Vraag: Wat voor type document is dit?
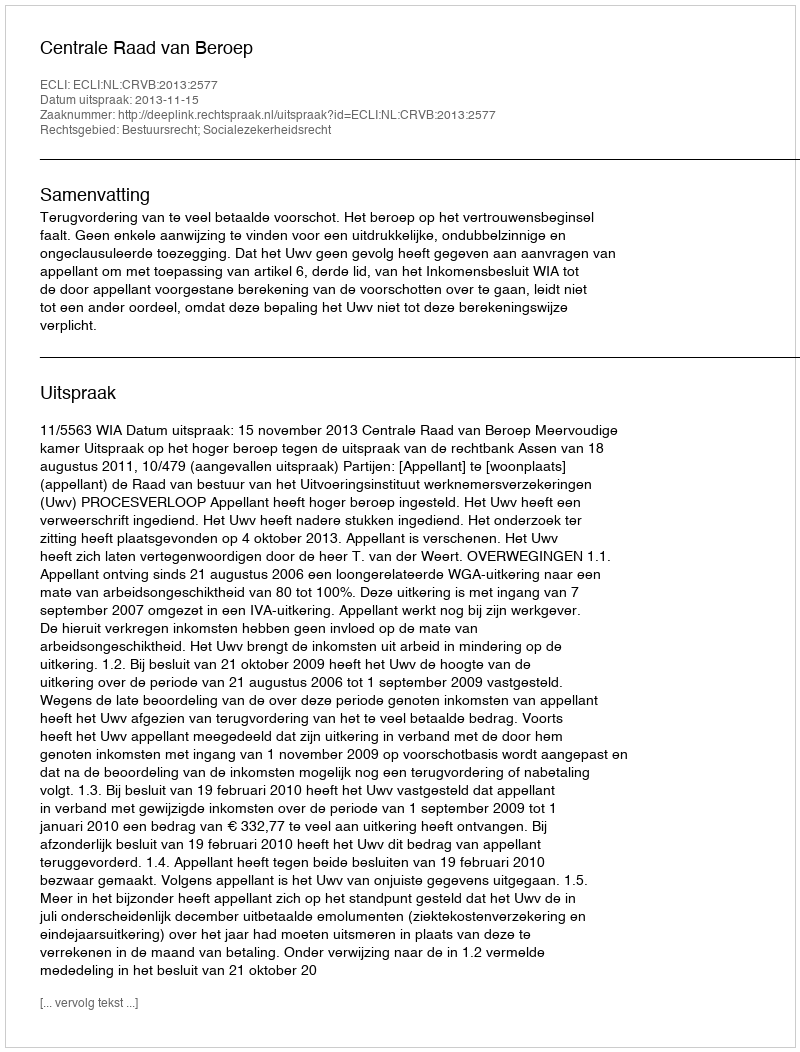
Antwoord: Uitspraak